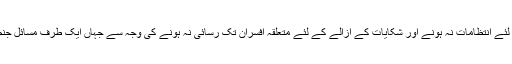
سعید غنی نے کہا کہ اداروں میں عوامی مشکلات اور عوام کی رہنمائی کے لئے انتظامات نہ ہونے اور شکایات کے ازالے کے لئے متعلقہ افسران تک رسائی نہ ہونے کی وجہ سے جہاں ایک طرف مسائل جنم لے رہے ہیں تو دوسری طرف اداروں کی بدنامی کا سبب بھی بن رہے ہیں۔